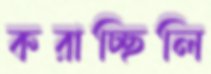
করাচ্ছিলি